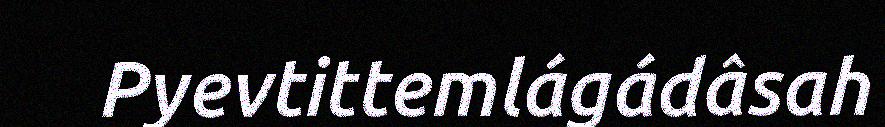
Pyevtittemlágádâsah